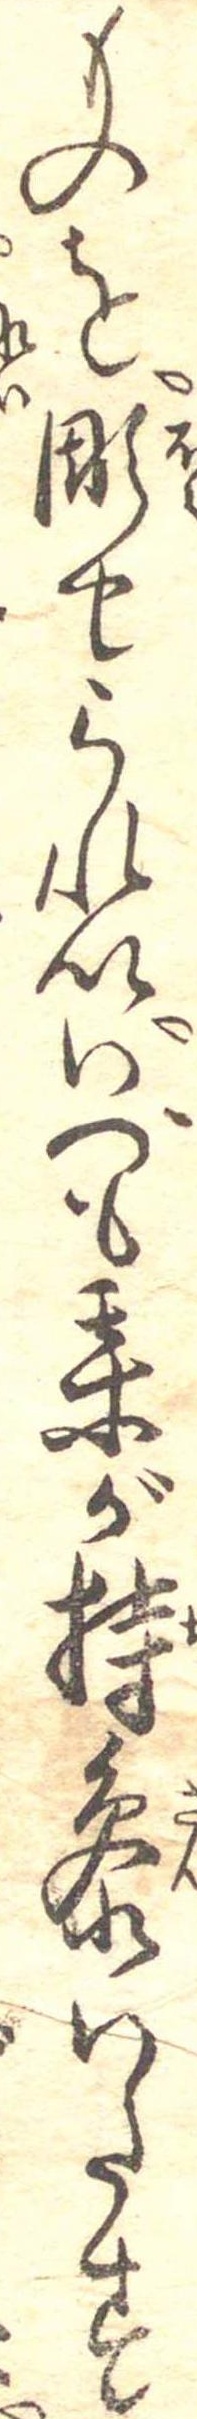
ものを彫せられいいつも某が持参いたす